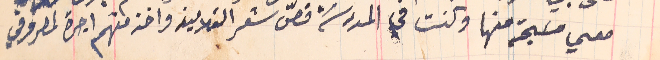
معي مسَبحة منها وكنت في المدرسَة قصّ شعر التلاميذ واخذ منهم اجرة لمصروفي